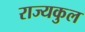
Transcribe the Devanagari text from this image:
राज्यकुल